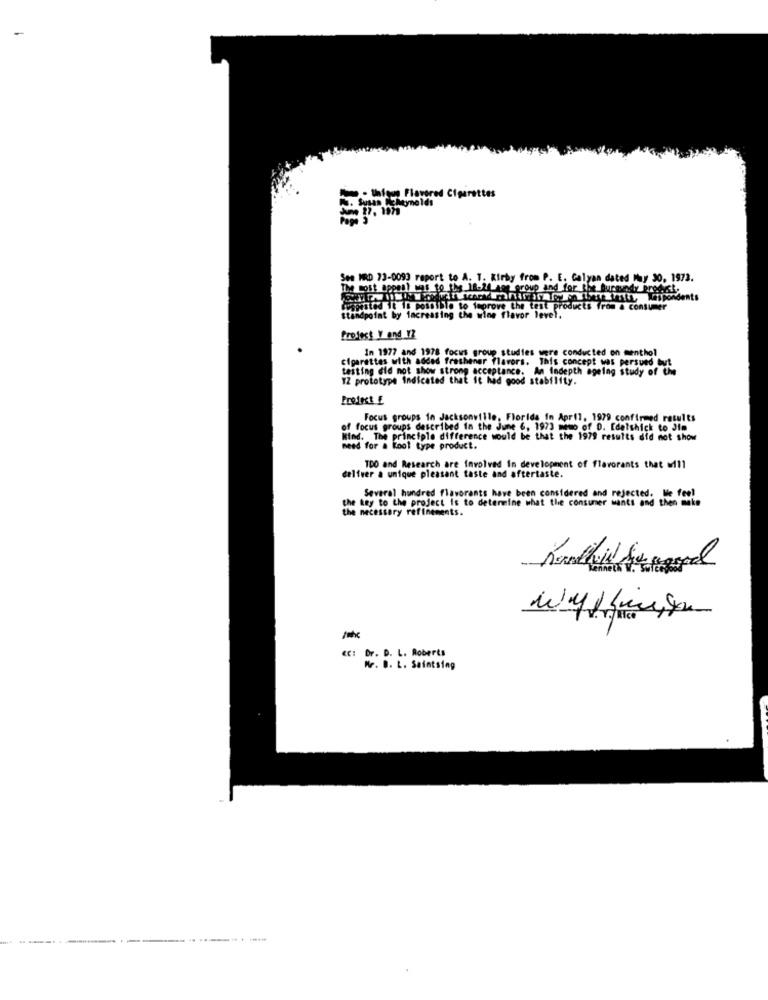
Flowered Cigarettes
See MRD 73-0093 report to
T. Kirby from P. E. Galyan dated May 30. 1973.
The most appeal uns to the 18-24 aen group and for the Burgundy Progest,
wated it is possible to feprove the test products from a consumer
Standpoint by increasing the wine flavor level.
frofest Y and 12
In 1977 and 1978 focus group studies were conducted on menthol
cigarettes with added freshener flavors. This concept was persued but
testing did not show strong acceptance. An Indepth ageing study of the
WZ prototype Indicated that it had good stability.
Profect E
Focus groups in Jacksonville, Florida In April, 1979 confirmed results
of focus groups described in the June 6, 1973 meuo of 0. Edelshick to Jim
Mind. The principle difference would be that the 1979 results did not show
need for a Kool type product.
TOO and Research are Involved In development of flavorants that will
deliver a unique pleasant taste and aftertaste.
the key to the project is to determine what the consumer wants and then make
Several hundred flavorants have been considered and rejected. Nie feel
the necessary refinements.
CC: Dr. D. L. Roberts
Mr. D. L. Saintsing